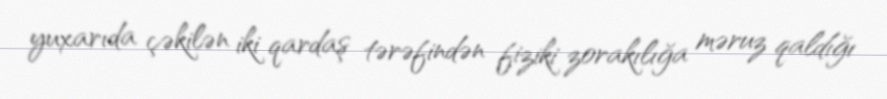
yuxarıda çəkilən iki qardaş tərəfindən fiziki zorakılığa məruz qaldığı